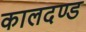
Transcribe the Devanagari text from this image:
कालदण्ड